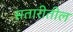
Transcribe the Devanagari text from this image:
सतारीतील